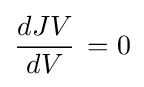
{\frac {dJV}{dV}}\,=0